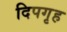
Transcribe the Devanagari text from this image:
दिपगृह